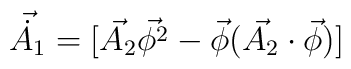
\vec{\dot{A_{1}}}=[\vec{A_{2}}\vec{\phi^{2}}-\vec{\phi}(\vec{A_{2}}\cdot\vec{\phi})]